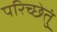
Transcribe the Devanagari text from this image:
परिच्छेतुं